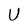
Character: U